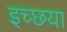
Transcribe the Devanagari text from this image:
इच्छया